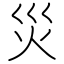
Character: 災